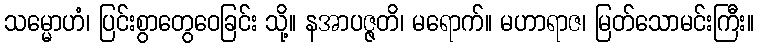
သမ္မောဟံ၊ ပြင်းစွာတွေဝေခြင်း သို့။ နအာပဇ္ဇတိ၊ မရောက်။ မဟာရာဇ၊ မြတ်သောမင်းကြီး။